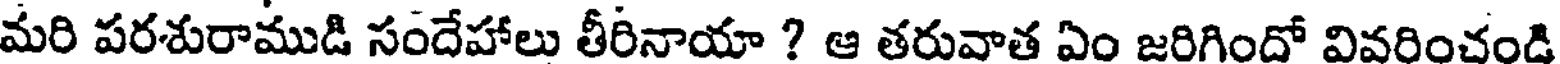
మరి పరశురాముడి సందేహాలు తీరినాయా ? ఆ తరువాత ఏం జరిగిందో వివరించండి